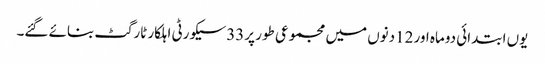
یوں ابتدائی دوماہ اور 12دنوں میں مجموعی طور پر33سیکورٹی اہلکار ٹارگٹ بنائے گئے۔